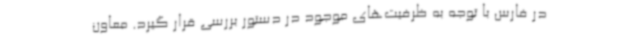
در فارس با توجه به ظرفیت‌های موجود در دستور بررسی قرار گیرد. معاون